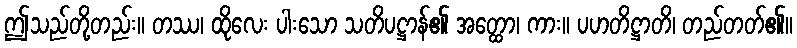
ဤသည်တို့တည်း။ တဿ၊ ထိုလေး ပါးသော သတိပဋ္ဌာန်၏ အတ္ထော၊ ကား။ ပဟတိဋ္ဌာတိ၊ တည်တတ်၏။